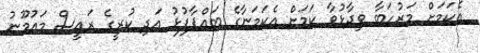
އެކަމަށް މަރުހަބާ ވިދާޅުވާ ކަމަށް އެކަމަނާގެ ބައްޕާފުޅު އަދި ކުރީގެ ރައީސް މައުމޫނު